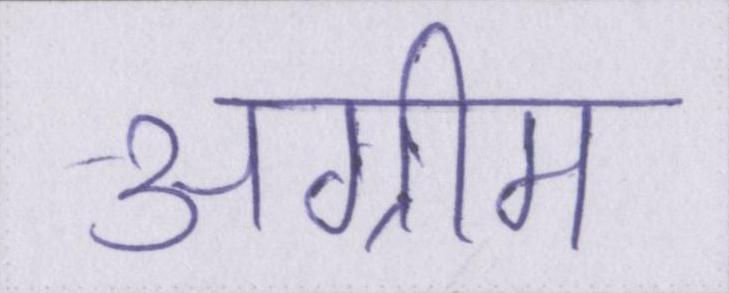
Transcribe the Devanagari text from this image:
अग्रीम